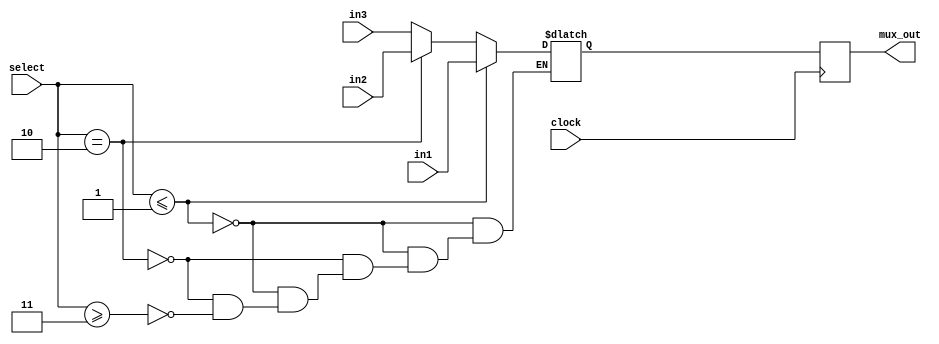
`ifndef USE_CASE
  `ifndef USE_IF
    `define USE_IF
  `endif
`else
  `ifdef USE_IF
    `undef USE_IF
  `endif
`endif

module mux
(
  output reg  mux_out,
  input  wire clock,
  input  wire [1:0] select,
  input  wire in1, in2, in3
);

  reg temp_reg ;

  always @(posedge clock)
    mux_out <= temp_reg ;

  always @*

`ifdef USE_IF
    if (select <= 1) temp_reg = in1; else
    if (select == 2) temp_reg = in2; else
    if (select >= 3) temp_reg = in3;
`endif

`ifdef USE_CASE
    case ( 1 )
      (select <= 1) : temp_reg = in1 ;
      (select == 2) : temp_reg = in2 ;
      (select >= 3) : temp_reg = in3 ;
    endcase
`endif

endmodule

`undef USE_CASE
`undef USE_IF